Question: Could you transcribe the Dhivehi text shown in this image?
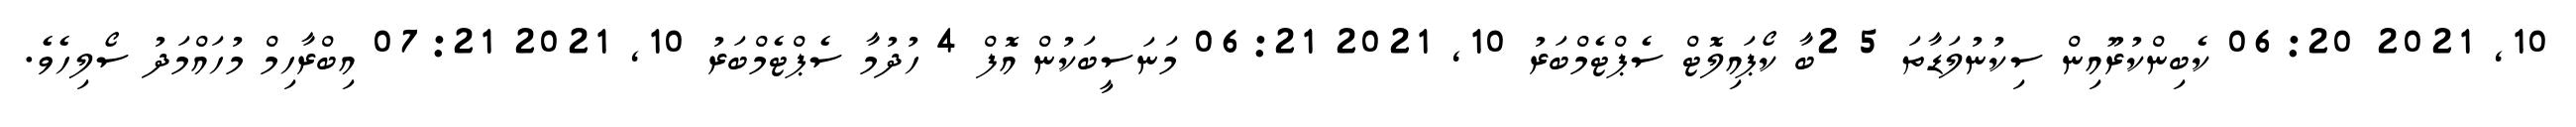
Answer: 10, 2021 06:20 ކެބިންކުރޫއިން ސިކުނުލަޑާތަ 5 2ބާ ކޯޕައިލޮޓް ސެޕްޓެމްބަރު 10, 2021 06:21 މަނަސީބަކުން އޮފް 4 ހުދުމާ ސެޕްޓެމްބަރު 10, 2021 07:21 އިބްރާހިމް މުހައްމަދު ސޯލިހެވެ.